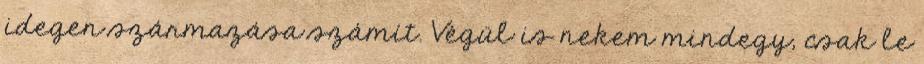
idegen származása számít. Végül is nekem mindegy, csak le